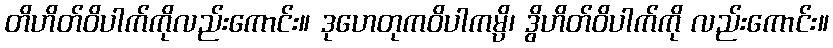
တိဟိတ်ဝိပါက်ကိုလည်းကောင်း။ ဒုဟေတုကဝိပါကမ္ပိ၊ ဒွိဟိတ်ဝိပါက်ကို လည်းကောင်း။